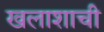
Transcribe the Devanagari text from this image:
खलाशाची